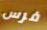
فرس